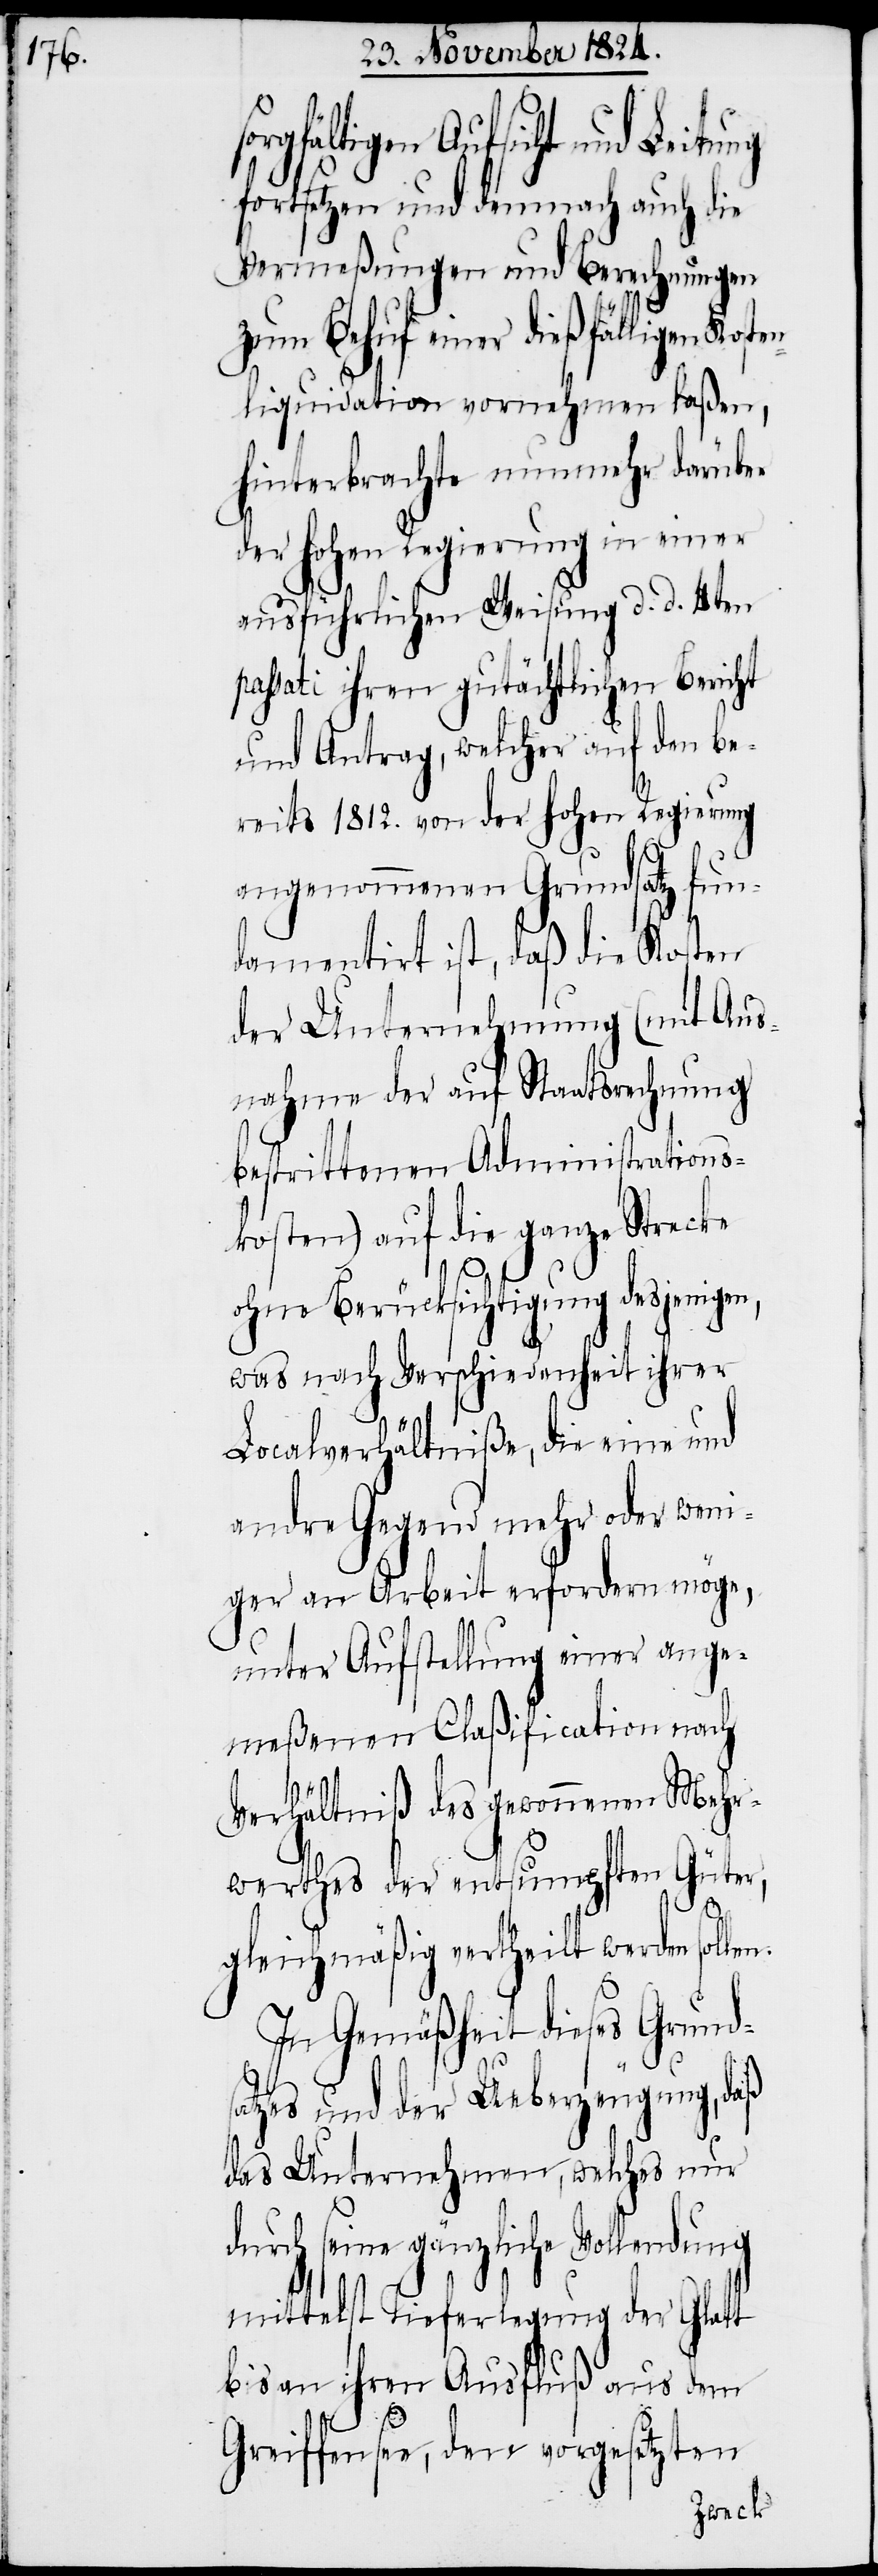
rgfältigen Aufsicht und Leitung
fortsetzen und demnach auch die
Vermeßungen und Berechnungen
zum Behuf einer dießfälligen Kost¬
enliquidation vornehmen laßen,
hinterbrachte nunmehr darüber
der hohen Regierung in einer
ausführlichen Weisung d. d. 4ten
passati ihren gutächtlichen Bericht
und Antrag, welcher auf den be¬
reits 1812. von der hohen Regierung
angenommenen Grundsatz fun¬
damentirt ist, daß die Kosten
der Unternehmung (mit Aus¬
nahme der auf Staatsrechnung
bestrittenen Administrations¬
kosten) auf die ganze Strecke
ohne Berücksichtigung desjenigen,
was nach Verschiedenheit ihrer
so¬
Localverhältniße, die eine und
andre Gegend mehr oder weni¬
ger an Arbeit erfordern möge,
unter Aufstellung einer ange¬
meßenen Claßification nach
Verhältniß des gewonnenen Mehr¬
werthes der entsumpften Güter,
gleichmäßig vertheilt werden
In Gemäßheit dieses Grunds¬
atzes und der Ueberzeugung, daß
das Unternehmen, welches nur
durch seine gänzliche Vollendung
mittelst Tieferlegung der Glatt
bis an ihren Ausfluß aus dem
Greiffensee, den vorgesetzten